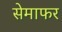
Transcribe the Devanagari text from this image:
सेमाफर